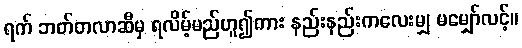
ရက် ဘတ်တလာဆီမှ ရလိမ့်မည်ဟူ၍ကား နည်းနည်းကလေးမျှ မမျှော်လင့်။